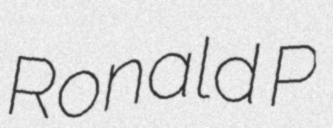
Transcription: Ronald P